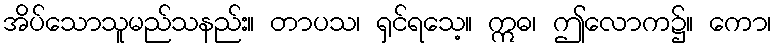
အိပ်သောသူမည်သနည်း။ တာပသ၊ ရှင်ရသေ့။ ဣဓ၊ ဤလောက၌။ ကော၊